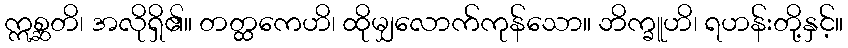
ဣစ္ဆတိ၊ အလိုရှိ၏။ တတ္ထကေဟိ၊ ထိုမျှလောက်ကုန်သော။ ဘိက္ခူဟိ၊ ရဟန်းတို့နှင့်။